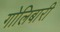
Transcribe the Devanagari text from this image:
गोलिबारी